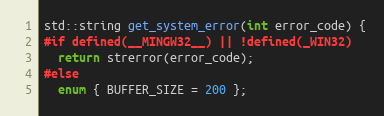
Language: C++
std::string get_system_error(int error_code) {
#if defined(__MINGW32__) || !defined(_WIN32)
  return strerror(error_code);
#else
  enum { BUFFER_SIZE = 200 };